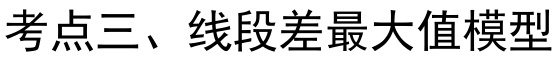
考点三、线段差最大值模型